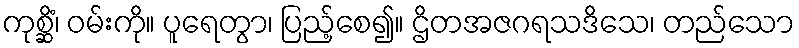
ကုစ္ဆိံ၊ ဝမ်းကို။ ပူရေတွာ၊ ပြည့်စေ၍။ ဌိတအဇဂရသဒိသေ၊ တည်သော